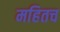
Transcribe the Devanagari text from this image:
महितच